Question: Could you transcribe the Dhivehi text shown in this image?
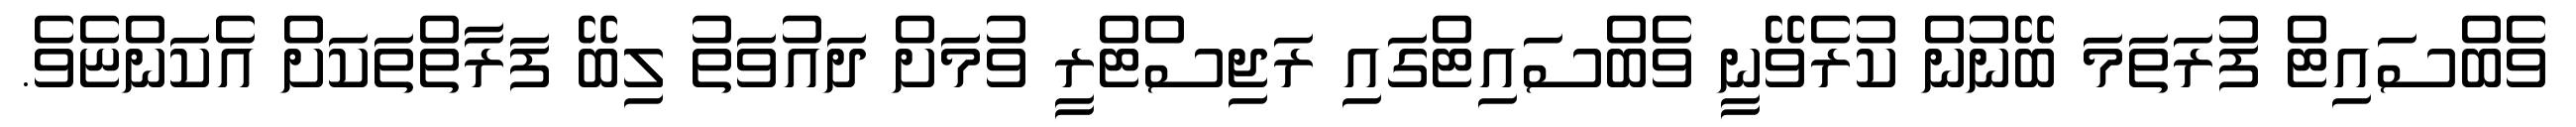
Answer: ވެބްސައިޓް ފުރަތަމަ ބޭނުން ކުރެވޭނީ ވެބްސައިޓްގައި ރަޖިސްޓްރީ ވުމަށް ދައުވަތު ލިބޭ ފަރާތްތަކަށް އެކަންޏެވެ.